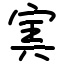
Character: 㝙